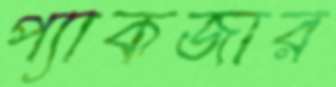
প্যাকজার